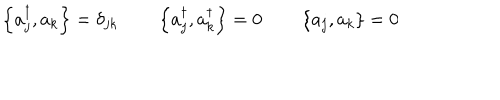
LaTeX: \left\{ a _ { j } ^ { \dagger } , a _ { k } \right\} = \delta _ { j k } \qquad \left\{ a _ { j } ^ { \dagger } , a _ { k } ^ { \dagger } \right\} = 0 \qquad \left\{ a _ { j } , a _ { k } \right\} = 0